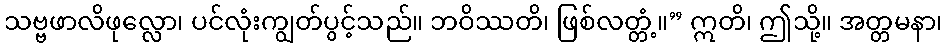
သဗ္ဗဖာလိဖုလ္လော၊ ပင်လုံးကျွတ်ပွင့်သည်။ ဘဝိဿတိ၊ ဖြစ်လတ္တံ့။” ဣတိ၊ ဤသို့။ အတ္တမနာ၊